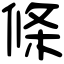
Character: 條